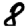
Digit: 8